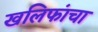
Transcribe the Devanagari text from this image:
खलिफांचा